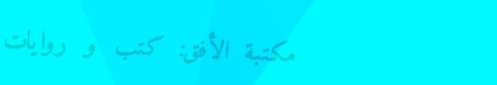
مكتبة الأفق: كتب و روايات